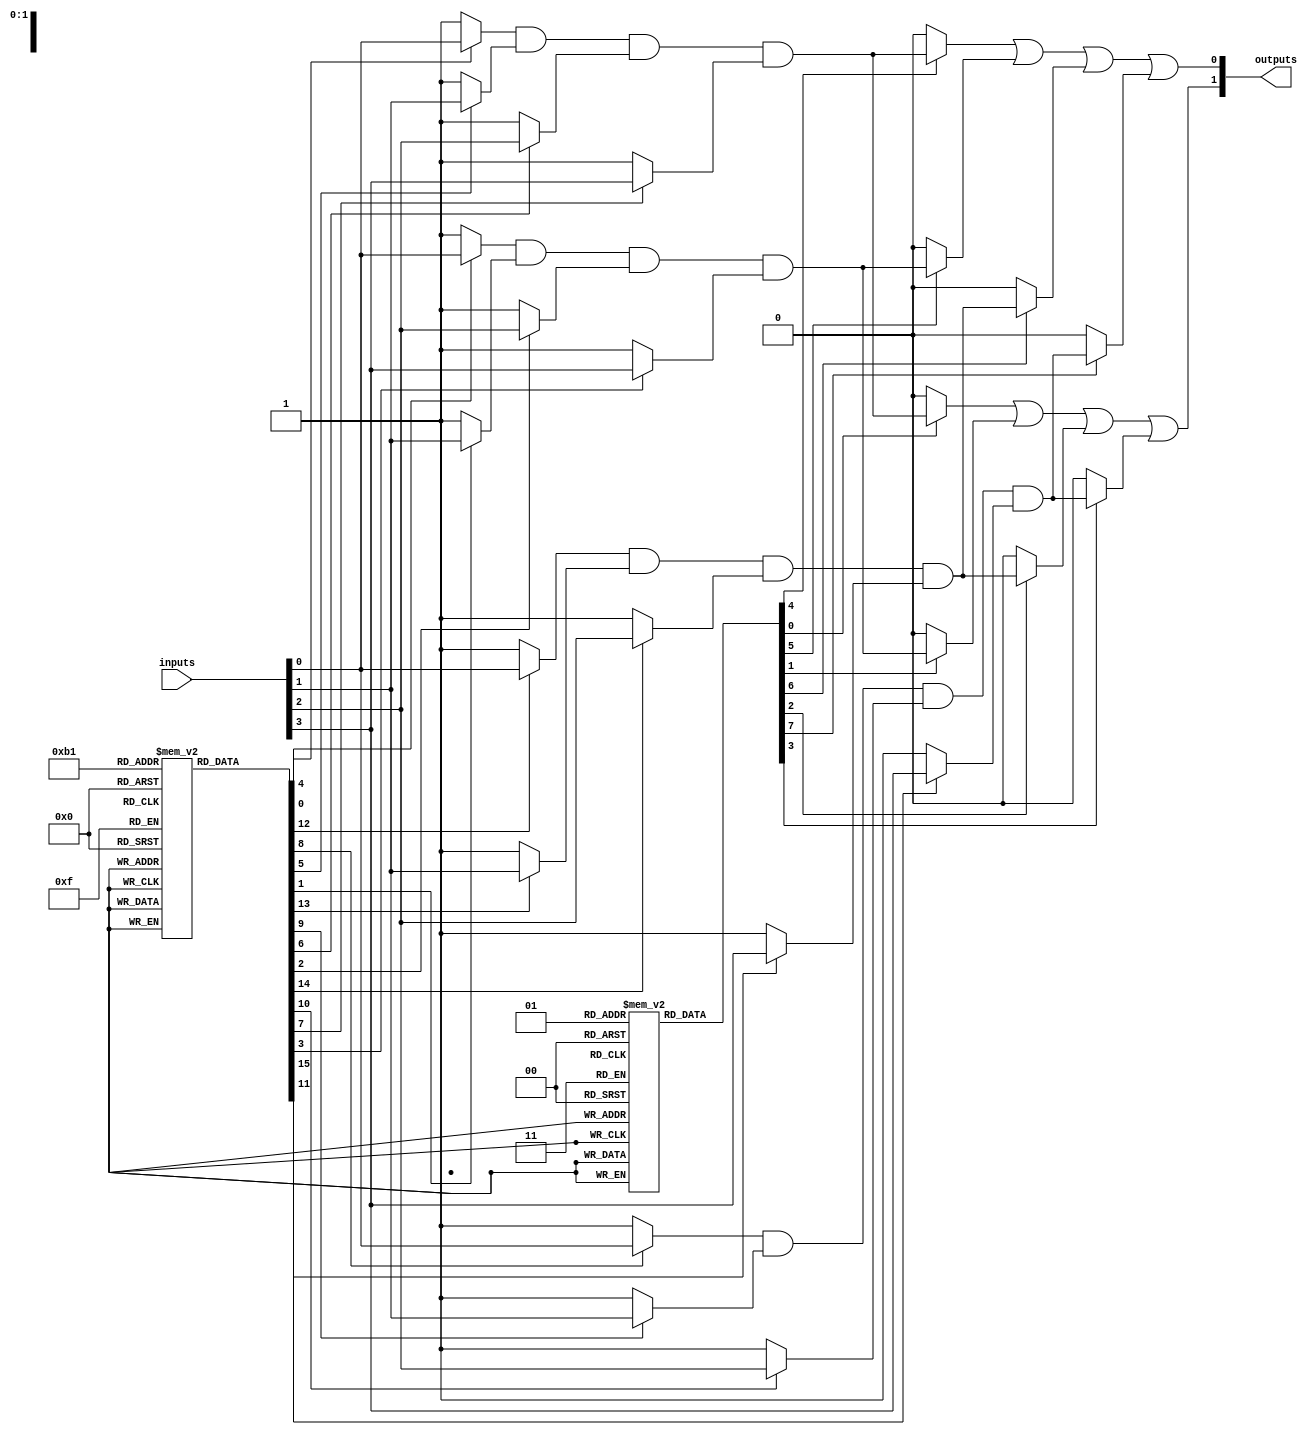
module PLA (
    input wire [N-1:0] inputs,  // N input lines
    output wire [M-1:0] outputs // M output lines
);
    parameter N = 4; // Number of inputs
    parameter K = 4; // Number of AND gates
    parameter M = 2; // Number of OR gates

    // Programmable AND array
    wire [K-1:0] and_out; // Outputs from AND gates

    // Example fuse connections for AND gates
    // Each entry represents whether the input is connected (1) or not (0)
    reg [N-1:0] and_fuses [0:K-1]; // Fuse connections for each AND gate

    initial begin
        // Configure the fuses for AND gates
        // Example configuration
        and_fuses[0] = 4'b1110; // AND gate 0 connected to inputs 0, 1, 2
        and_fuses[1] = 4'b1101; // AND gate 1 connected to inputs 0, 1, 3
        and_fuses[2] = 4'b1011; // AND gate 2 connected to inputs 0, 2, 3
        and_fuses[3] = 4'b0111; // AND gate 3 connected to inputs 1, 2, 3
    end

    // Generate the AND gate outputs based on the fuse connections
    genvar i;
    generate
        for (i = 0; i < K; i = i + 1) begin : and_gates
            assign and_out[i] = (and_fuses[i][0] ? inputs[0] : 1'b1) &
                                (and_fuses[i][1] ? inputs[1] : 1'b1) &
                                (and_fuses[i][2] ? inputs[2] : 1'b1) &
                                (and_fuses[i][3] ? inputs[3] : 1'b1);
        end
    endgenerate

    // Programmable OR array
    // Example fuse connections for OR gates
    reg [K-1:0] or_fuses [0:M-1]; // Fuse connections for each OR gate

    initial begin
        // Configure the fuses for OR gates
        // Example configuration
        or_fuses[0] = 4'b1100; // OR gate 0 connected to AND gates 0, 1
        or_fuses[1] = 4'b0011; // OR gate 1 connected to AND gates 2, 3
    end

    // Generate the final outputs based on the OR gate connections
    genvar j;
    generate
        for (j = 0; j < M; j = j + 1) begin : or_gates
            assign outputs[j] = (or_fuses[j][0] ? and_out[0] : 1'b0) |
                                (or_fuses[j][1] ? and_out[1] : 1'b0) |
                                (or_fuses[j][2] ? and_out[2] : 1'b0) |
                                (or_fuses[j][3] ? and_out[3] : 1'b0);
        end
    endgenerate

endmodule